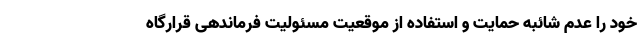
خود را عدم شائبه حمایت و استفاده از موقعیت مسئولیت فرماندهی قرارگاه